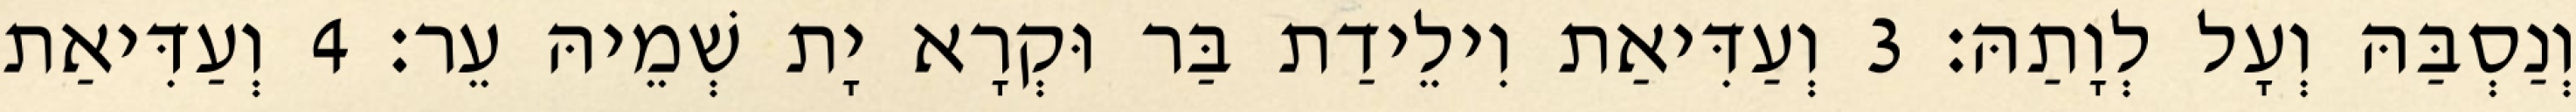
וְנַסְבַּהּ וְעָל לְוָתַהּ׃ 3 וְעַדִּיאַת וִילֵידַת בַּר וּקְרָא יָת שְׁמֵיהּ עֵר׃ 4 וְעַדִּיאַת